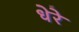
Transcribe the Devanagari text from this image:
धेरे